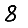
Digit: 8